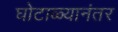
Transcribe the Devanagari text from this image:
घोटाळ्यानंतर